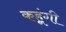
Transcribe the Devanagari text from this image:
कहूंगी